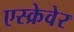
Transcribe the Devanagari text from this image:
एस्क्रेवेर